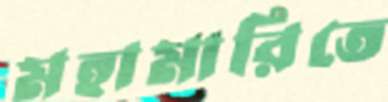
মহামারিতে